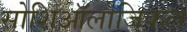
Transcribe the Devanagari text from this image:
सोशिऑलोजिकल